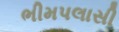
ભીમપલાસી